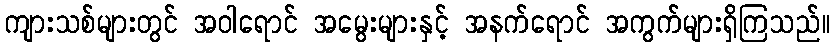
ကျားသစ်များတွင် အဝါရောင် အမွေးများနှင့် အနက်ရောင် အကွက်များရှိကြသည်။